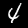
Digit: 4